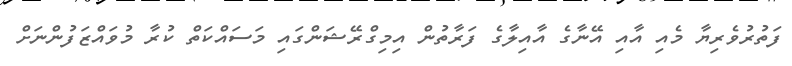
ފަތުރުވެރިޔާ މެއި އާއި އޭނާގެ އާއިލާގެ ފަރާތުން އިމިގްރޭޝަންގައި މަސައްކަތް ކުރާ މުވައްޒަފުންނަށް